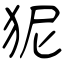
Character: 狔